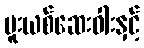
မူးယစ်ဆေးဝါးနှင့်